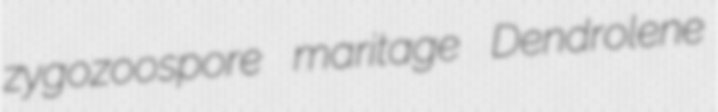
zygozoospore maritage Dendrolene